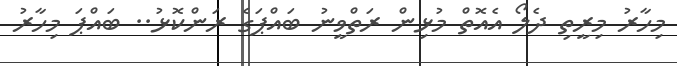
މިހާރު މިރީތި ދެލޯ އެއޮތް މުޅިން ރަތްވީނު ބައްޕަގެ ރަންކޮޅު.. ބައްޕަ މިހާރު